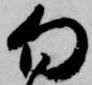
向